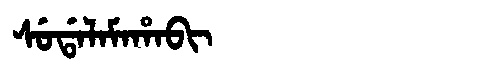
Manchu: ᠰᡠᡩᠠᠯᠠᠮᠠᡥᠠᠪᡳ
Romanization: SUDALAMAHABI